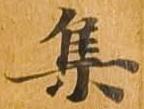
集